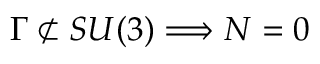
\Gamma \not \subset S U ( 3 ) \Longrightarrow { \cal N } = 0